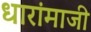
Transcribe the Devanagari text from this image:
धारांमाजी